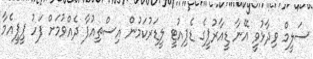
ސަލީމް ވިދާޅުވީ އޭނާ ޑީއާރުޕީގެ ޑެޕިއުޓީ ލީޑަރުކަމުން އިސްތިއުފާ ދެއްވުމަށް ފަހު ޕީޕީއެމާ